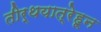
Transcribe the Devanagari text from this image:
तीर्थयात्रेहून